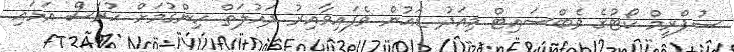
ސުޕްރީމް ކޯޓުގެ ވެބްސައިޓް މިއަދު ޑައުން ވެފައިވާއިރު ދައުލަތް ހިންގުމަށް ހުރަސް އަޅައި